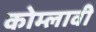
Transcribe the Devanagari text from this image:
कोम्लावी